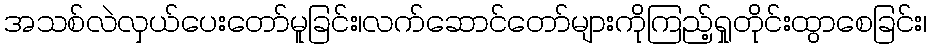
အသစ်လဲလှယ်ပေးတော်မူခြင်း၊လက်ဆောင်တော်များကိုကြည့်ရှုတိုင်းထွာစေခြင်း၊